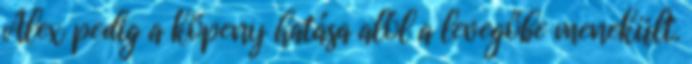
Alex pedig a köpeny hatása alól a levegőbe menekült.